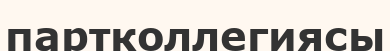
партколлегиясы